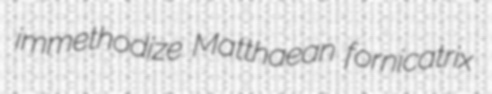
immethodize Matthaean fornicatrix